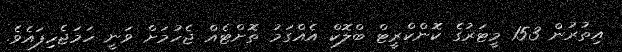
އިތުރުން 153 މީޓަރުގެ ކޮންކްރީޓް ބްލޮކް އެއްގަމު ތޮށްޓެއް ޖެހުމަށް ވަނީ ހަމަޖެހިފައެވެ.